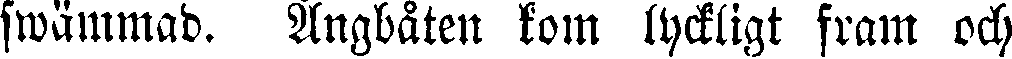
swämmad. Ångbåten kom lyckligt fram och